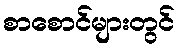
စာစောင်များတွင်